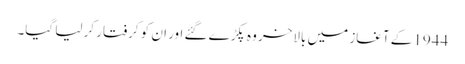
1944 کے آغاز میں بالاخر وہ پکڑے گئے اور ان کو کرفتار کر لیا گیا۔